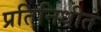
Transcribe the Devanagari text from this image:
प्रतिनिधीत